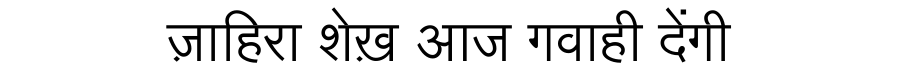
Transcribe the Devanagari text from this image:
ज़ाहिरा शेख़ आज गवाही देंगी